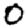
Digit: 0